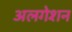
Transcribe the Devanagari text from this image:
अलगेशन